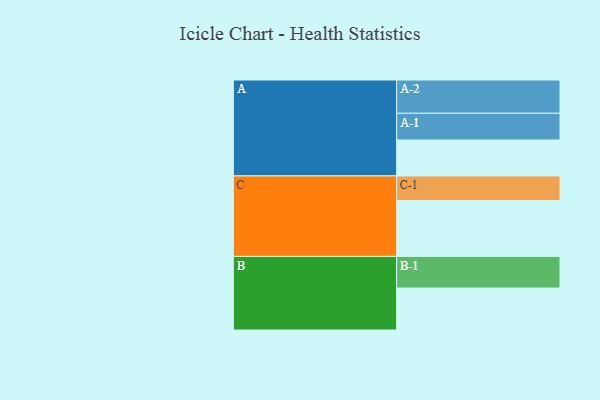
{"axis": {"x": "Segment", "y": "Value"}, "legend": ["", "A", "B", "C"], "data": [{"x": "A", "y": 309, "type": ""}, {"x": "B", "y": 361, "type": ""}, {"x": "C", "y": 481, "type": ""}, {"x": "A-1", "y": 230, "type": "A"}, {"x": "A-2", "y": 286, "type": "A"}, {"x": "B-1", "y": 272, "type": "B"}, {"x": "C-1", "y": 211, "type": "C"}]}